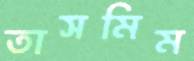
তাসমিম